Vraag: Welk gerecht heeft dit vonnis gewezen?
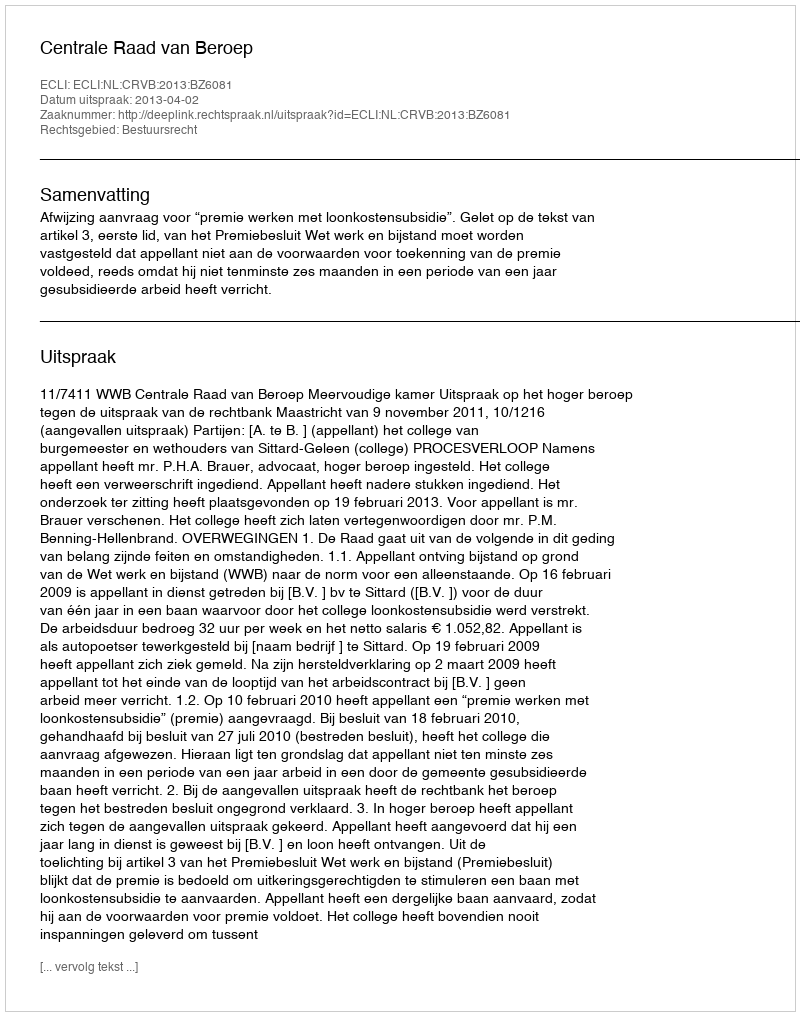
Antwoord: Centrale Raad van Beroep